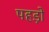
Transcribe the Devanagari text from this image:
पहड़ों